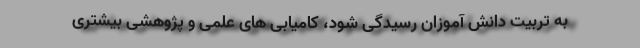
به تربیت دانش آموزان رسیدگی شود، کامیابی های علمی و پژوهشی بیشتری